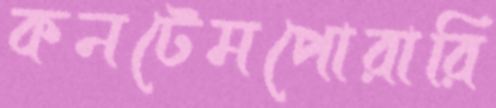
কনটেমপোরারি